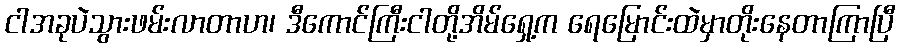
ငါအခုပဲသွားဖမ်းလာတာဟ၊ ဒီကောင်ကြီးငါတို့အိမ်ရှေ့က ရေမြောင်းထဲမှာတိုးနေတာကြာပြီ